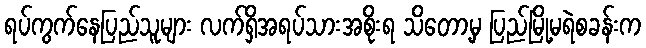
ရပ်ကွက်နေပြည်သူများ လက်ရှိအရပ်သားအစိုးရ သိတော့မှ ပြည်မြို့မရဲစခန်းက